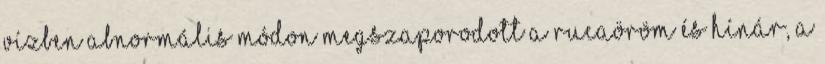
vízben abnormális módon megszaporodott a rucaöröm és hínár, a